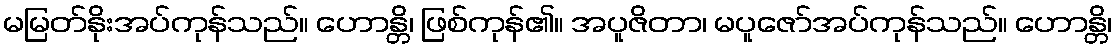
မမြတ်နိုးအပ်ကုန်သည်။ ဟောန္တိ၊ ဖြစ်ကုန်၏။ အပူဇိတာ၊ မပူဇော်အပ်ကုန်သည်။ ဟောန္တိ၊